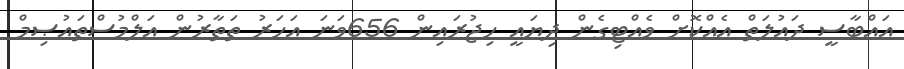
ޢައްބާސީ ދައުލަތް އެއްކޮށް ވެއްޓިގެން ދިޔައީ ހިޖުރައިން 656ވަނަ އަހަރު ތަތާރުން އަލްމުސްތަޢުޞިމް